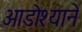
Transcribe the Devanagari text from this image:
आडोश्याने